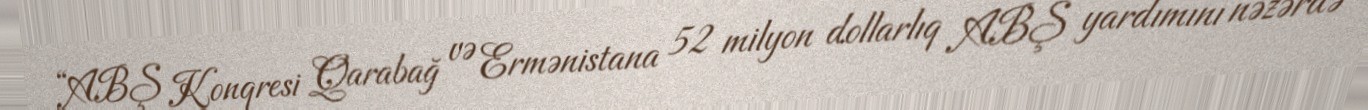
“ABŞ Konqresi Qarabağ və Ermənistana 52 milyon dollarlıq ABŞ yardımını nəzərdə